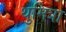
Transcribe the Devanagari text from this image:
थुमित्रा